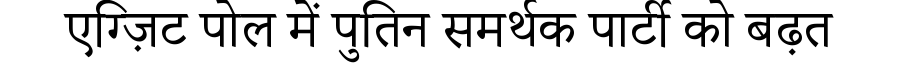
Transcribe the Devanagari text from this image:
एग्ज़िट पोल में पुतिन समर्थक पार्टी को बढ़त